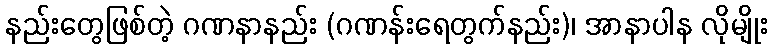
နည်းတွေဖြစ်တဲ့ ဂဏနာနည်း (ဂဏန်းရေတွက်နည်း)၊ အာနာပါန လိုမျိုး